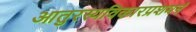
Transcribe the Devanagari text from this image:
आतुरस्यविकारप्रशमनं